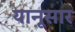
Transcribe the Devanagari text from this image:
यानूसार